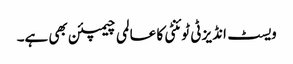
ویسٹ انڈیز ٹی ٹوئنٹی کا عالمی چیمپئن بھی ہے۔